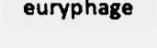
euryphage